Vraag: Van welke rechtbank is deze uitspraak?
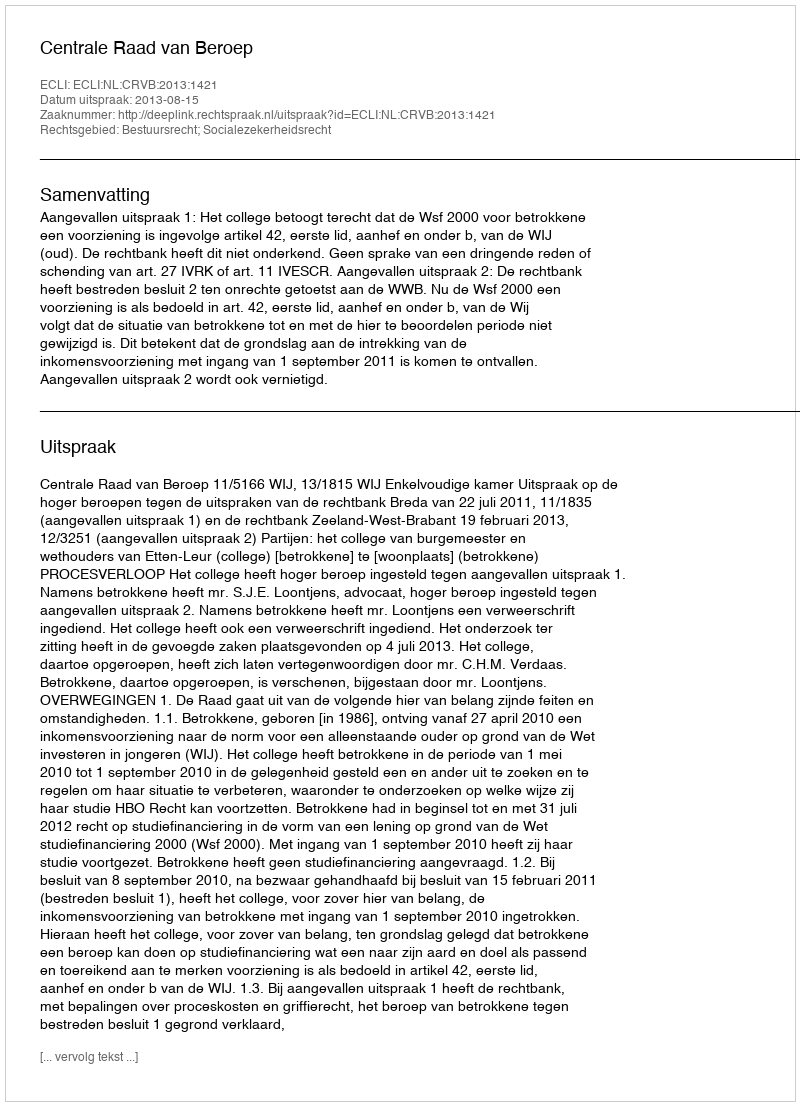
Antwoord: Centrale Raad van Beroep